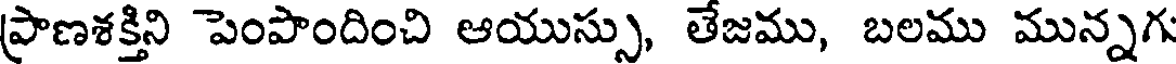
ప్రాణశక్తిని పెంపొందించి ఆయుస్సు, తేజము, బలము మున్నగు